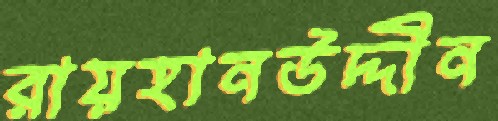
রায়হানউদ্দীন